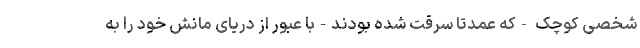
شخصی کوچک -که عمدتا سرقت شده بودند-با عبور از دریای مانش خود را به